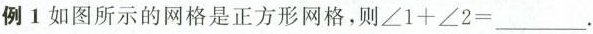
例1如图所示的网格是正方形网格，则$$∠ 1 + ∠ 2 = ___$$.